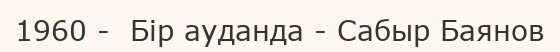
1960 -  Бір ауданда - Сабыр Баянов